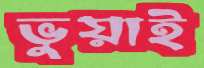
ভুয়াই